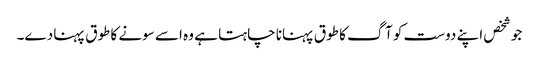
جو شخص اپنے دوست کو آگ کا طوق پہنانا چاہتا ہے وہ اسے سونے کا طوق پہنا دے۔